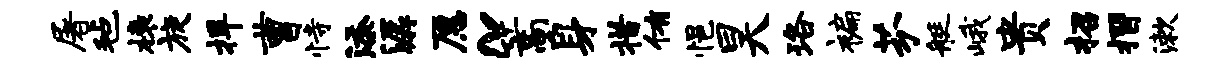
屠毡榱旋捍曹恃添潺愿~篙身措侑悒昊珞褊芬艇峨贵招摺漱